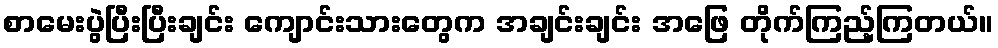
စာမေးပွဲပြီးပြီးချင်း ကျောင်းသားတွေက အချင်းချင်း အဖြေ တိုက်ကြည့်ကြတယ်။